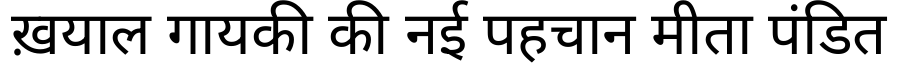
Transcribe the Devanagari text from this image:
ख़याल गायकी की नई पहचान मीता पंडित